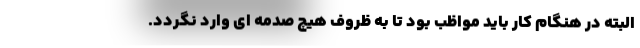
البته در هنگام کار باید مواظب بود تا به ظروف هیچ صدمه ای وارد نگردد.